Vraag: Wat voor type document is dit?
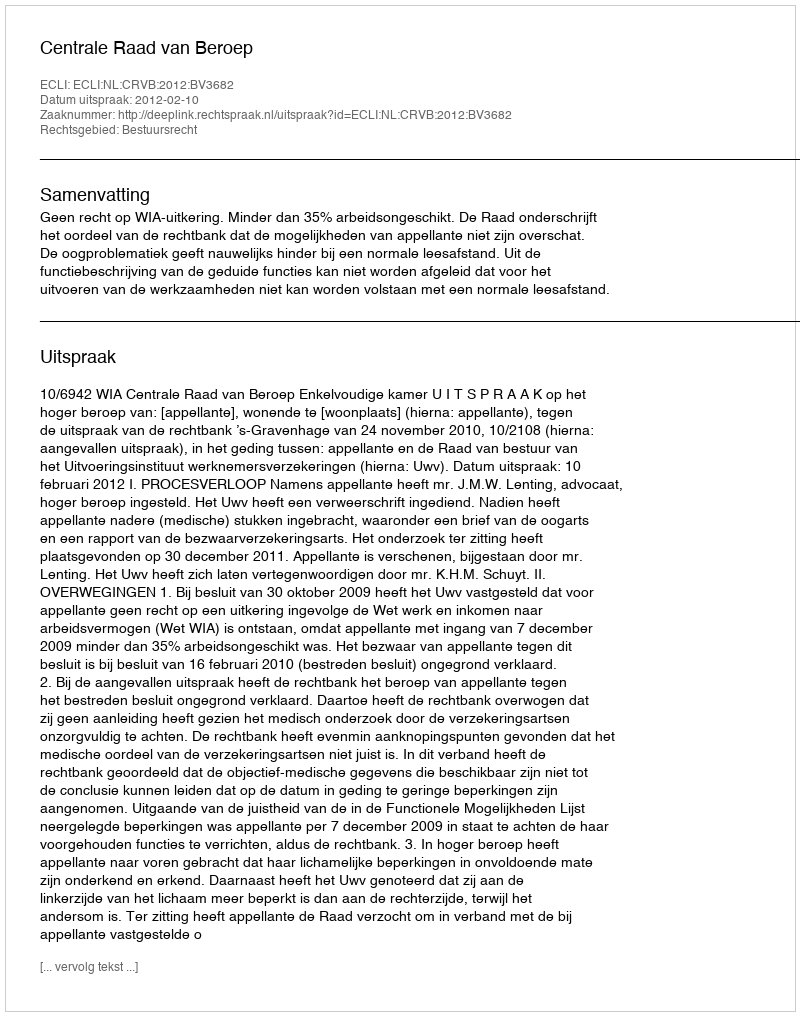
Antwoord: Uitspraak